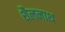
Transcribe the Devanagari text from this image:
शैलनाथ